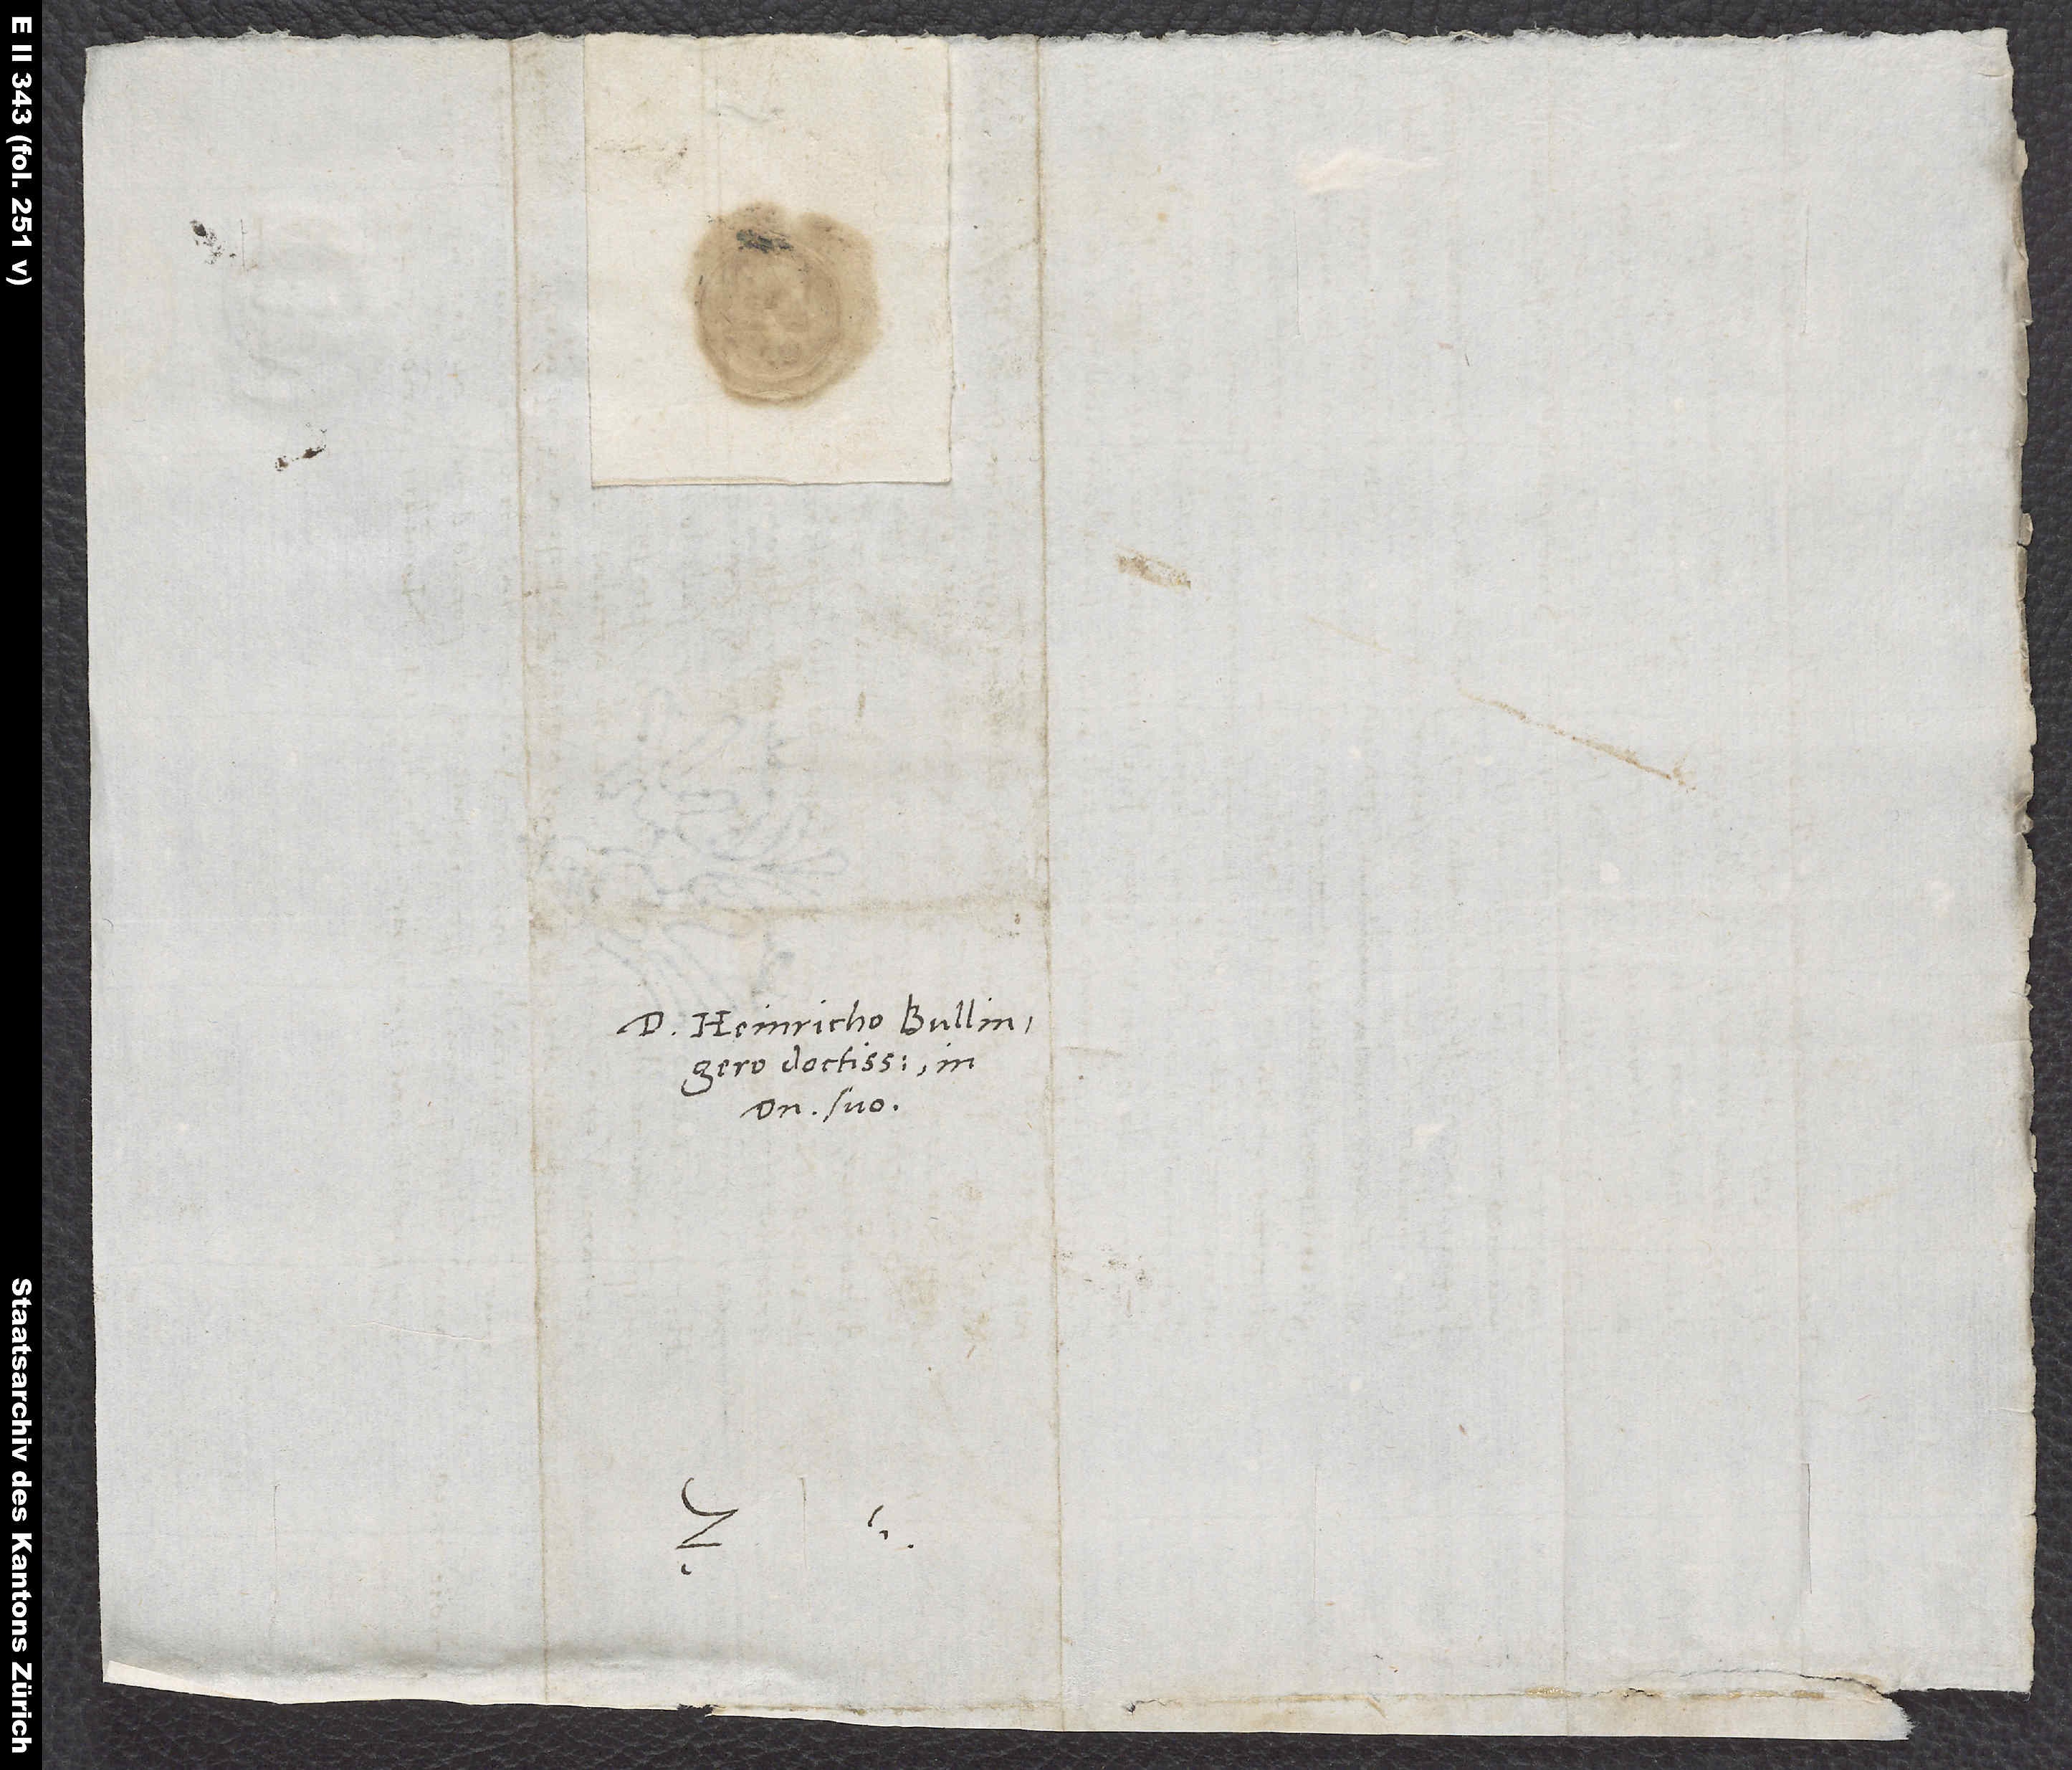
Domino Heinricho Bullingero
doctissimo, in
domino suo.